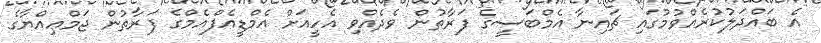
އެ ބައްދަލުކުރެއްވުމުގައި ޗައިނާ އެމްބަސީގެ ފަރާތުން ވެދެއްވި އެހީއަށް އެމްޑީއެފްއެމްގެ ފަރާތުން ޖަމްޢިއްޔާގެ